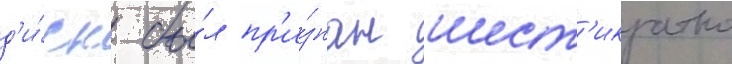
д'и́ск бы́л пр'и́знан шест'икратно